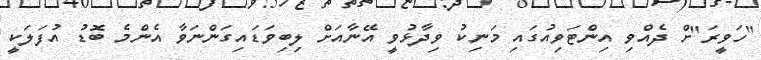
"ހަވީރަ"ށް ދެއްވި އިންޓަވިއުގައި މަނިކު ވިދާޅުވީ އޭނާއަށް ލިބިވަޑައިގަންނަވާ އެންމެ ބޮޑު އުފަލަކީ